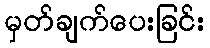
မှတ်ချက်ပေးခြင်း